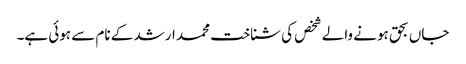
جاں بحق ہونے والے شخص کی شناخت محمد ارشد کے نام سے ہوئی ہے۔